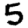
Digit: 5